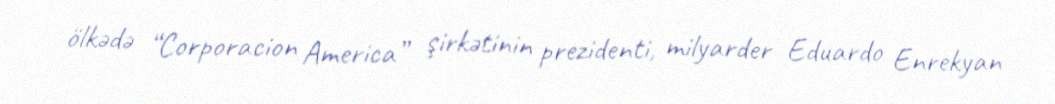
ölkədə “Corporacion America” şirkətinin prezidenti, milyarder Eduardo Enrekyan